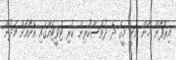
އިރްފާން ޚާން ވަނީ މީގެ ދެ ދުވަސްކުރިން ކުރި ޓްވީޓެއްގައި އޭނާއަށް މަދުން